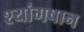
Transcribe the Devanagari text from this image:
श्यांगषान